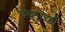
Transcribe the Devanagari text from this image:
उद्‌गारही